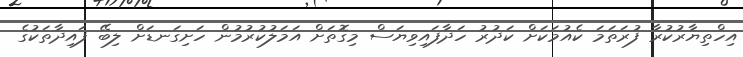
އިހްތިޔާރުކުރާ ފުރަތަމަ ކެއުމަކަށް ކަދުރު ހަދާފައިވިޔަސް މިގޮތަށް އަމަލުކުރުމުން ހަށިގަނޑަށް ލިބޭ ފައިދާތަކުގެ